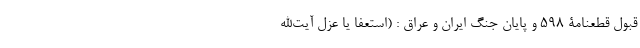
قبول قطعنامۀ 598 و پایان جنگ ایران و عراق : (استعفا یا عزل آیت‌الله